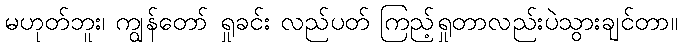
မဟုတ်ဘူး၊ ကျွန်တော် ရှုခင်း လည်ပတ် ကြည့်ရှုတာလည်းပဲသွားချင်တာ။